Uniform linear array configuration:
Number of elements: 24
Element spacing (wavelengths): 1
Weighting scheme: blackman
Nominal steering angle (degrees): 30
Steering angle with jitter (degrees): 31.163
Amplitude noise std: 0.05
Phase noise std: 0.05

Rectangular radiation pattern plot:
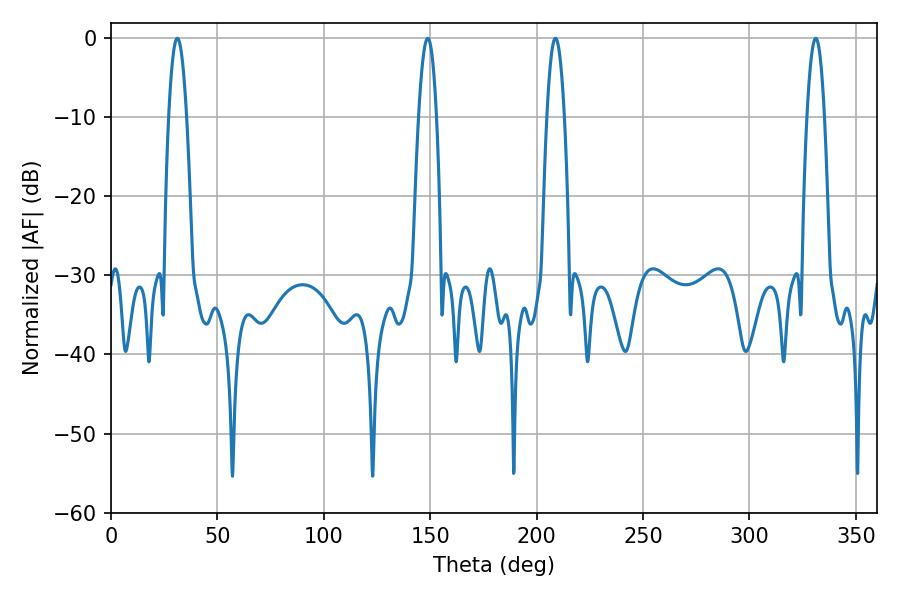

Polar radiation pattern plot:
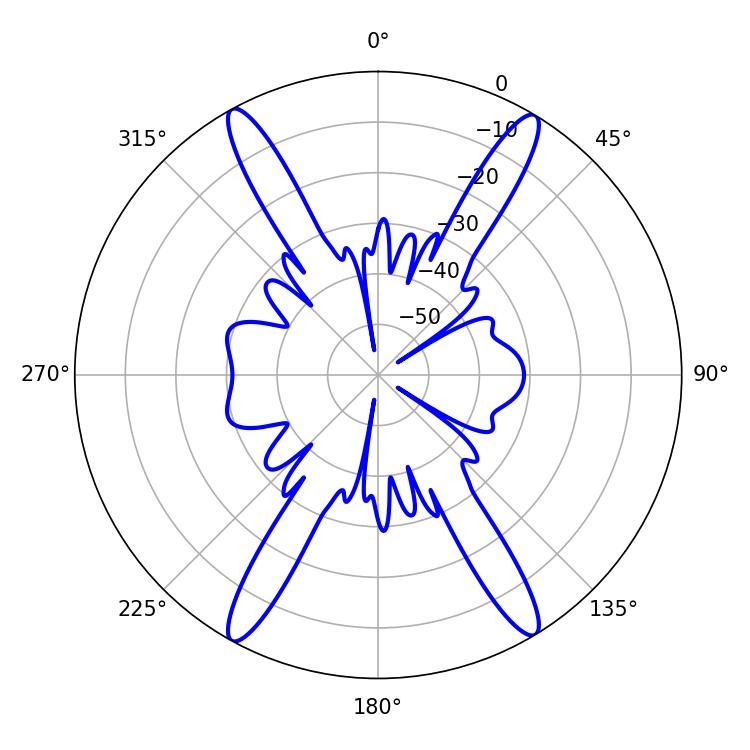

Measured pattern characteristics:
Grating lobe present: TRUE
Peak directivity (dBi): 24.083
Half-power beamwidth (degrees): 4.5
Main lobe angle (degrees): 31.14